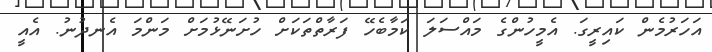
އަހަރުމެން ކައިރީގަ. އެމީހުންގެ މައްސަލަ ކަމާބެހޭ ފަރާތްތަކަށް ހުށަނޭޅުމަށް މަންމަ އެނދުނު. އެއީ